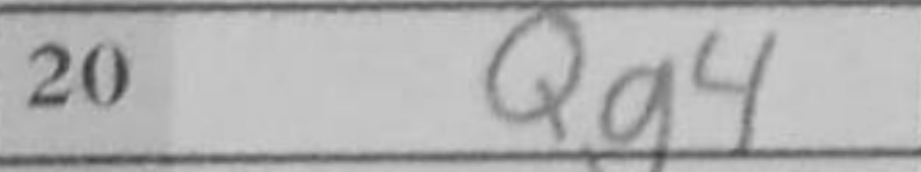
Transcription: Qg4